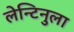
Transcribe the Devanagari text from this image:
लेन्टिनुला